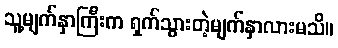
သူ့မျက်နှာကြီးက ရှက်သွားတဲ့မျက်နှာလားမသိ။